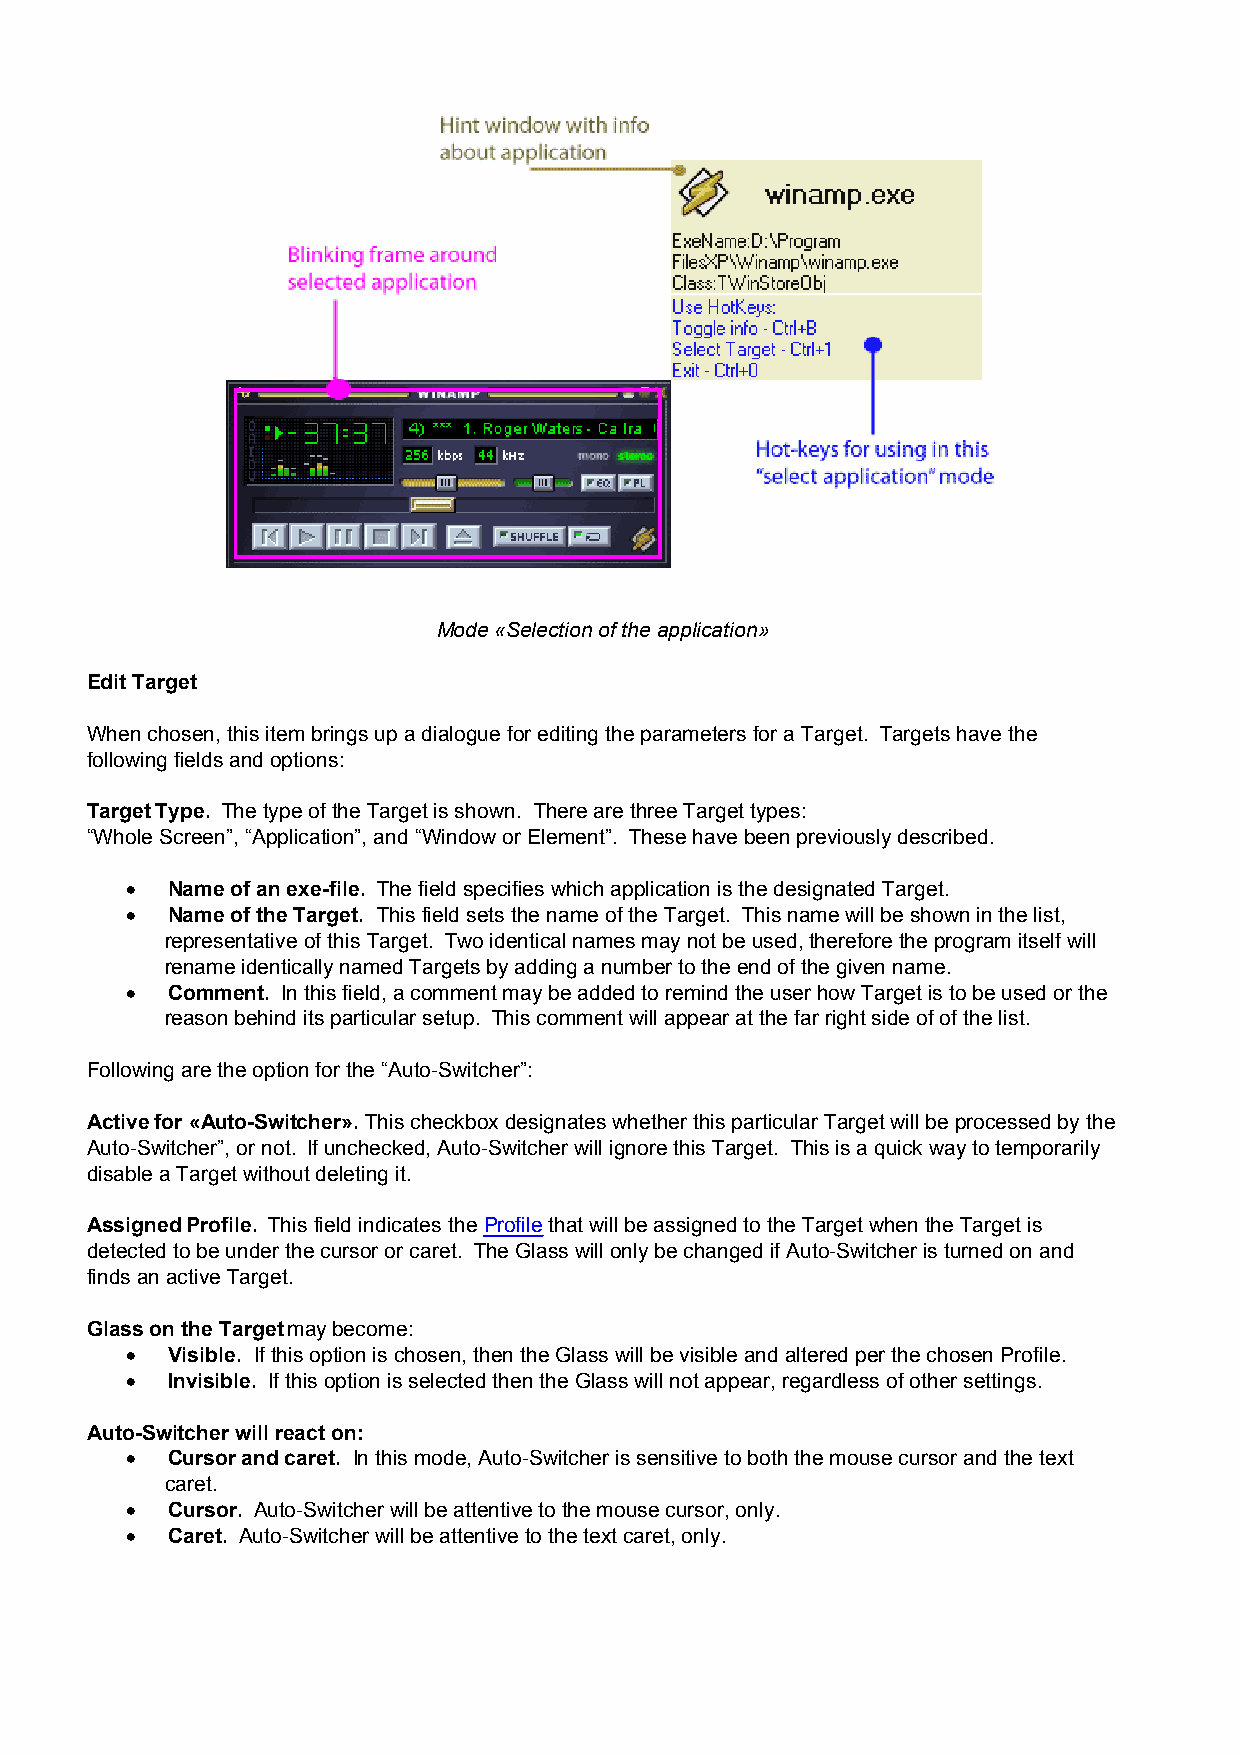
Mode «Selection of the application»
 Edit Target
 When chosen, this item brings up a dialogue for editing the parameters for a Target. Targets have the
 following fields and options:
 Target Type. The type of the Target is shown. There are three Target types:
 “Whole Screen”, “Application”, and “Window or Element”. These have been previously described.
 ·  Name of an exe-file. The field specifies which application is the designated Target.
 ·  Name of the Target. This field sets the name of the Target. This name will be shown in the list,
 representative of this Target. Two identical names may not be used, therefore the program itself will
 rename identically named Targets by adding a number to the end of the given name.
 ·  Comment. In this field, a comment may be added to remind the user how Target is to be used or the
 reason behind its particular setup. This comment will appear at the far right side of of the list.
 Following are the option for the “Auto-Switcher”:
 Active for «Auto-Switcher». This checkbox designates whether this particular Target will be processed by the
 Auto-Switcher”, or not. If unchecked, Auto-Switcher will ignore this Target. This is a quick way to temporarily
 disable a Target without deleting it.
 Assigned Profile. This field indicates the Profile that will be assigned to the Target when the Target is
 detected to be under the cursor or caret. The Glass will only be changed if Auto-Switcher is turned on and
 finds an active Target.
 Glass on the Target may become:
 ·  Visible. If this option is chosen, then the Glass will be visible and altered per the chosen Profile.
 ·  Invisible. If this option is selected then the Glass will not appear, regardless of other settings.
 Auto-Switcher will react on:
 ·  Cursor and caret. In this mode, Auto-Switcher is sensitive to both the mouse cursor and the text
 caret.
 ·  Cursor. Auto-Switcher will be attentive to the mouse cursor, only.
 ·  Caret. Auto-Switcher will be attentive to the text caret, only.